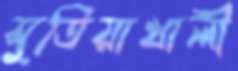
সুতিয়াখালী